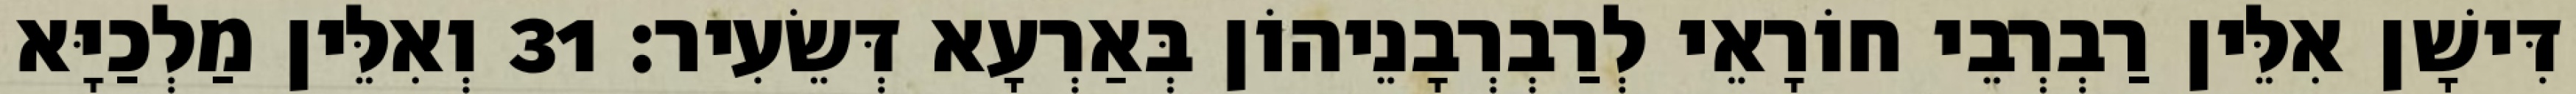
דִּישָׁן אִלֵּין רַבְרְבֵי חוֹרָאֵי לְרַבְרְבָנֵיהוֹן בְּאַרְעָא דְּשֵׂעִיר׃ 31 וְאִלֵּין מַלְכַיָּא